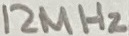
Text: 12MHz